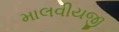
માલવીયજી